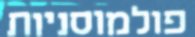
פולמוסניות